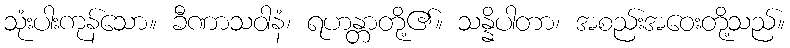
သုံးပါးကုန်သော။ ခီဏာသဝါနံ၊ ရဟန္တာတို့၏။ သန္နိပါတာ၊ အစည်းအဝေးတို့သည်။